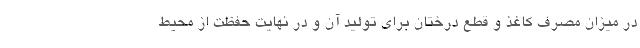
در میزان مصرف کاغذ و قطع درختان برای تولید آن و در نهایت حفظت از محیط